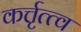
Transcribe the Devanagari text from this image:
कर्त्तृत्त्व